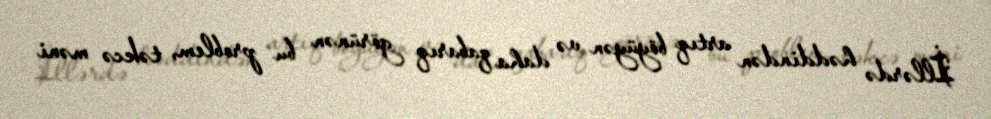
İllərdə həddindən artıq böyüyən və daha qabarıq görünən bu problem, təkcə məni